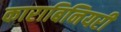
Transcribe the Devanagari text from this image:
काराबिनियरी